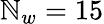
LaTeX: \mathbb{N}_{w}=15